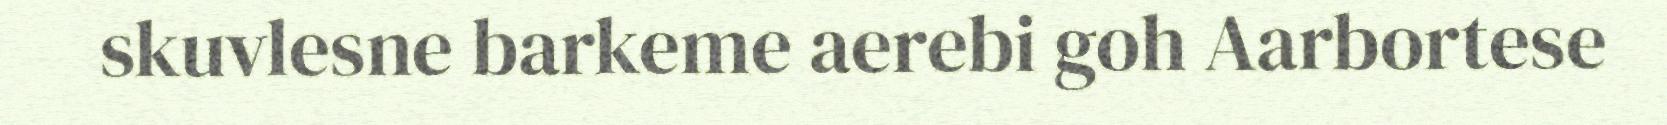
skuvlesne barkeme aerebi goh Aarbortese